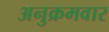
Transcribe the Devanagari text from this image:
अनुक्रमवार